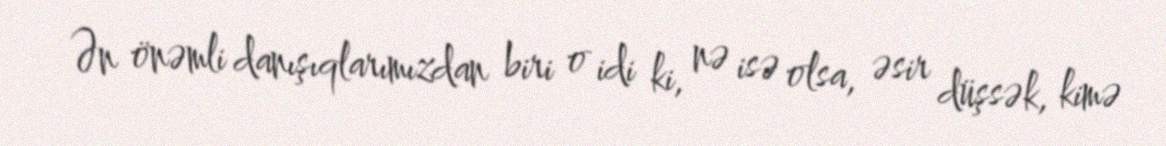
Ən önəmli danışıqlarımızdan biri o idi ki, nə isə olsa, əsir düşsək, kimə